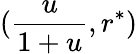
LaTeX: (\frac{u}{1+u},r^{*})